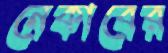
নেকাবের